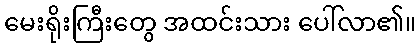
မေးရိုးကြီးတွေ အထင်းသား ပေါ်လာ၏။